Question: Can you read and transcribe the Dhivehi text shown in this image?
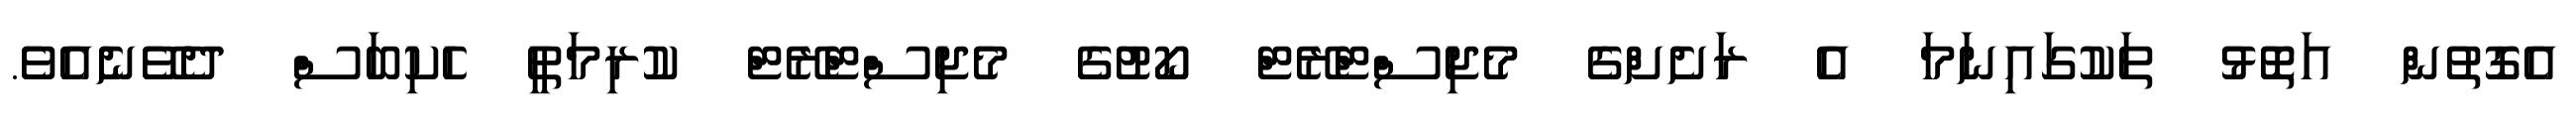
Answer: އެގޮތުން އަތޮޅު ތަކުގައިނަމަ އެ ރަށެށްގެ މެޖިސްޓްރޭޓް ކޯޓުގެ މެޖިސްޓްރޭޓް ކުރިމަތީ ހެކިބަސް ދެވޭނެއެވެ.